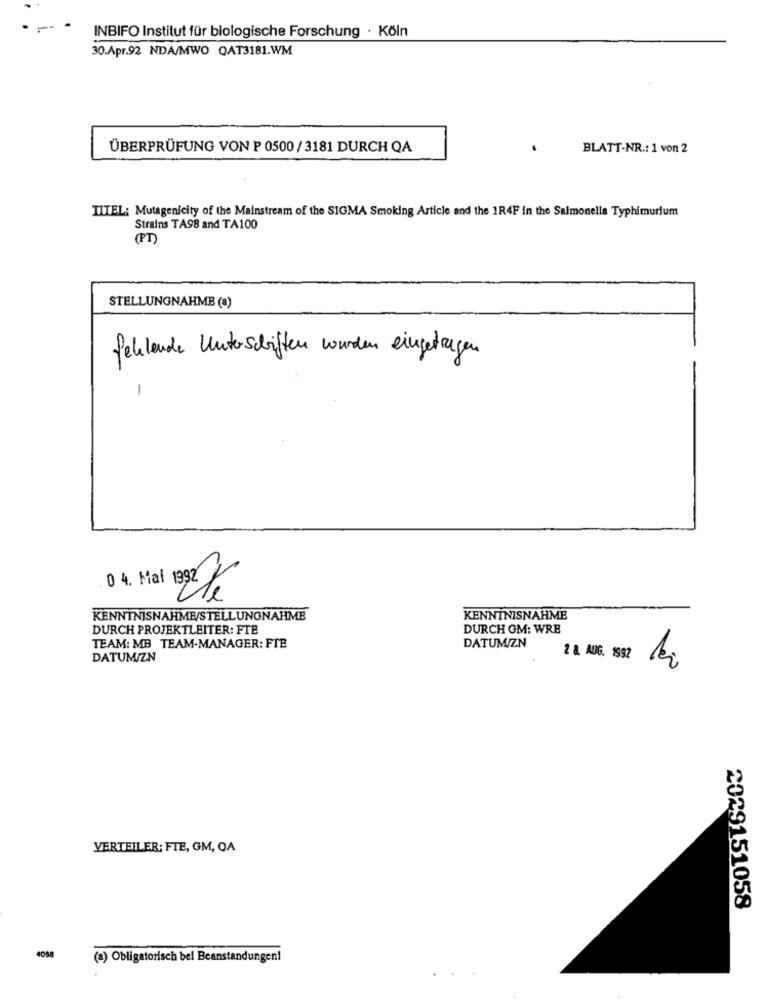
--
INBIFO Institut für biologische Forschung · Köln
30.Apr.92 NDA/MWO QAT3181.WM
ÜBERPRÜFUNG VON P 0500/3181 DURCH QA
BLATT-NR .: 1 von 2
TITEL: Mutagenicity of the Mainstream of the SIGMA Smoking Article and the 1R4F in the Salmonella Typhimurium
Strains TA98 and TA100
(PT)
STELLUNGNAHME (8)
fehlende Unterschriften wurden eingetragen
-
0 4. Mal
2
KENNTNISNAHME/STELLUNGNAHME
KENNTNISNAHME
DURCH PROJEKTLEITER: FTE
DURCH OM: WRE
TEAM: MB TEAM-MANAGER: FTE
DATUM/ZN
DATUM/ZN
2 8. AUG. 1992
VERTEILER: FIE, GM, OA
2029151058
4088
(a) Obligatorisch bel Beanstandungen!